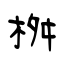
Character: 桝